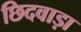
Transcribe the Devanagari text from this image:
छिदवाड़ा